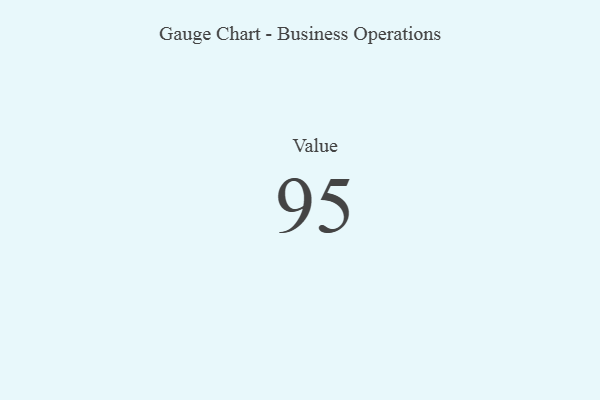
{"axis": {"x": "Metric", "y": "Value"}, "legend": [""], "data": [{"x": "Value", "y": 95, "type": ""}]}